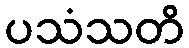
ပသံသတိ